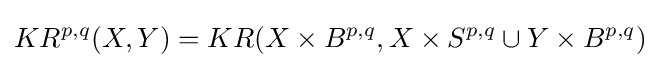
KR^{p,q}(X,Y)=KR(X\times B^{p,q},X\times S^{p,q}\cup Y\times B^{p,q})